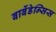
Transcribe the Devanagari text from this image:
बार्बेडेन्सिस